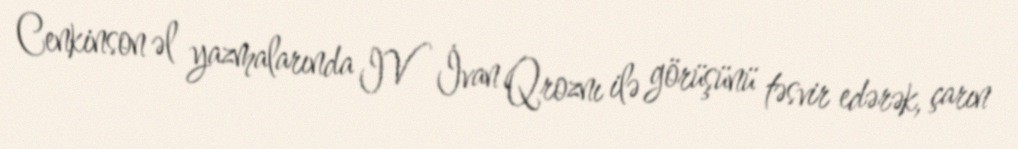
Cenkinson əl yazmalarında IV İvan Qroznı ilə görüşünü təsvir edərək, çarın